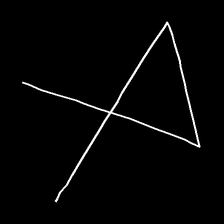
Glyph: collection